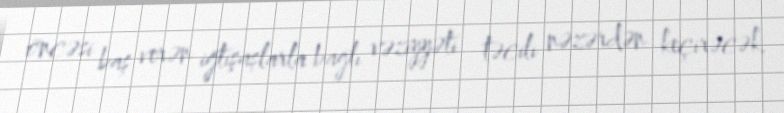
öncəsi baş verən iğtişaşlarla bağlı vəziyyəti təcili nəzərdən keçirəcək.